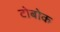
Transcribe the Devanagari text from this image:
टोबोक